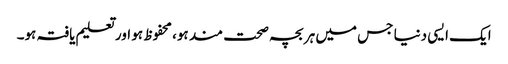
ایک ایسی دنیا جس میں ہر بچہ صحت مند ہو، محفوظ ہو اور تعلیم یافتہ ہو۔